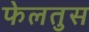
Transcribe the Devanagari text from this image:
फेलतुस